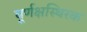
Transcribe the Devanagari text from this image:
घूर्णक्षस्थिरक